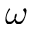
\omega